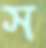
স